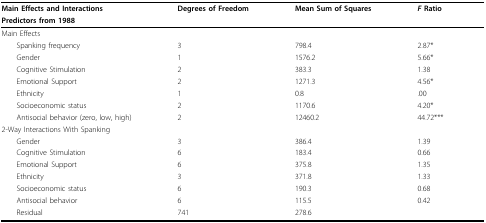
<table><thead><tr><td><b>Main Effects and Interactions</b></td><td><b>Degrees of Freedom</b></td><td><b>Mean Sum of Squares</b></td><td><b><i>F </i>Ratio</b></td></tr><tr><td><b> Predictors from 1988</b></td><td></td><td></td><td></td></tr></thead><tbody><tr><td>Main Effects</td><td></td><td></td><td></td></tr><tr><td> Spanking frequency</td><td>3</td><td>798.4</td><td>2.87*</td></tr><tr><td> Gender</td><td>1</td><td>1576.2</td><td>5.66*</td></tr><tr><td> Cognitive Stimulation</td><td>2</td><td>383.3</td><td>1.38</td></tr><tr><td> Emotional Support</td><td>2</td><td>1271.3</td><td>4.56*</td></tr><tr><td> Ethnicity</td><td>1</td><td>0.8</td><td>.00</td></tr><tr><td> Socioeconomic status</td><td>2</td><td>1170.6</td><td>4.20*</td></tr><tr><td> Antisocial behavior (zero, low, high)</td><td>2</td><td>12460.2</td><td>44.72***</td></tr><tr><td>2-Way Interactions With Spanking</td><td></td><td></td><td></td></tr><tr><td> Gender</td><td>3</td><td>386.4</td><td>1.39</td></tr><tr><td> Cognitive Stimulation</td><td>6</td><td>183.4</td><td>0.66</td></tr><tr><td> Emotional Support</td><td>6</td><td>375.8</td><td>1.35</td></tr><tr><td> Ethnicity</td><td>3</td><td>371.8</td><td>1.33</td></tr><tr><td> Socioeconomic status</td><td>6</td><td>190.3</td><td>0.68</td></tr><tr><td> Antisocial behavior</td><td>6</td><td>115.5</td><td>0.42</td></tr><tr><td> Residual</td><td>741</td><td>278.6</td><td></td></tr></tbody></table>